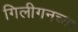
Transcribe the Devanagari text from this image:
गिलीगनच्या